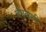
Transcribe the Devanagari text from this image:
बंधकारी